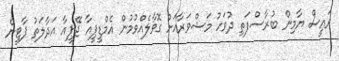
ރައީސް ޔާމިން ބުރާސްފަތި ދުވަހު މަޝްވަރާއަށް ގޮވާލެއްވުމުން އެމްޑީޕީއާ ޖޭޕީއާ އަދާލަތު ޕާޓީން